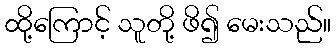
ထို့ကြောင့် သူတို့ ဖိ၍ မေးသည်။